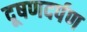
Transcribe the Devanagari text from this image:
दूषणदर्पण